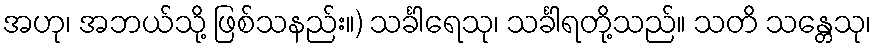
အဟု၊ အဘယ်သို့ ဖြစ်သနည်း။) သင်္ခါရေသု၊ သင်္ခါရတို့သည်။ သတိ သန္တေသု၊